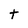
Character: t